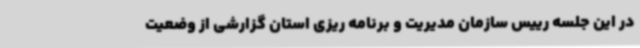
در این جلسه رییس سازمان مدیریت و برنامه ریزی استان گزارشی از وضعیت